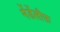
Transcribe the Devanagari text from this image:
मेंडेंलीफ़